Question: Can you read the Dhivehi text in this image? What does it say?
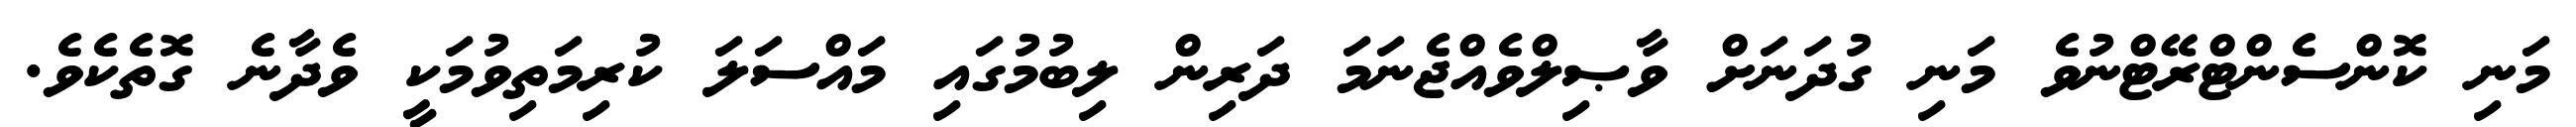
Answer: މަނި ކޮންސެންޓްރޭޓްނުވެ މަނި ގުދަނަށް ވާޞިލްވެއްޖެނަމަ ދަރިން ލިބުމުގައި މައްސަލަ ކުރިމަތިވުމަކީ ވެދާނެ ގޮތެކެވެ.